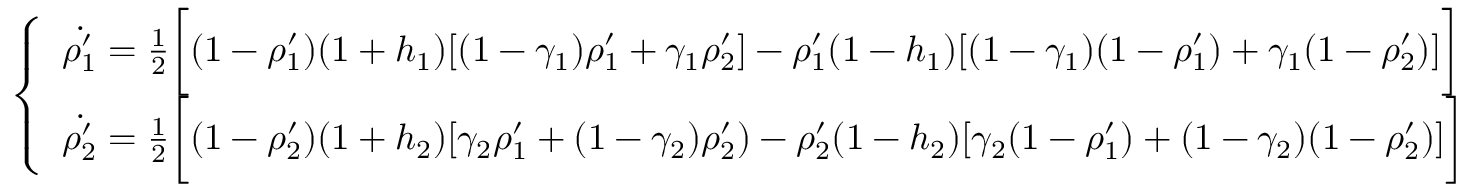
\left\{ \begin{array} { l l } { \dot { \rho _ { 1 } ^ { \prime } } = \frac { 1 } { 2 } \bigg [ ( 1 - \rho _ { 1 } ^ { \prime } ) ( 1 + h _ { 1 } ) [ ( 1 - \gamma _ { 1 } ) \rho _ { 1 } ^ { \prime } + \gamma _ { 1 } \rho _ { 2 } ^ { \prime } ] - \rho _ { 1 } ^ { \prime } ( 1 - h _ { 1 } ) [ ( 1 - \gamma _ { 1 } ) ( 1 - \rho _ { 1 } ^ { \prime } ) + \gamma _ { 1 } ( 1 - \rho _ { 2 } ^ { \prime } ) ] \bigg ] } \\ { \dot { \rho _ { 2 } ^ { \prime } } = \frac { 1 } { 2 } \bigg [ ( 1 - \rho _ { 2 } ^ { \prime } ) ( 1 + h _ { 2 } ) [ \gamma _ { 2 } \rho _ { 1 } ^ { \prime } + ( 1 - \gamma _ { 2 } ) \rho _ { 2 } ^ { \prime } ) - \rho _ { 2 } ^ { \prime } ( 1 - h _ { 2 } ) [ \gamma _ { 2 } ( 1 - \rho _ { 1 } ^ { \prime } ) + ( 1 - \gamma _ { 2 } ) ( 1 - \rho _ { 2 } ^ { \prime } ) ] \bigg ] } \end{array} \right.